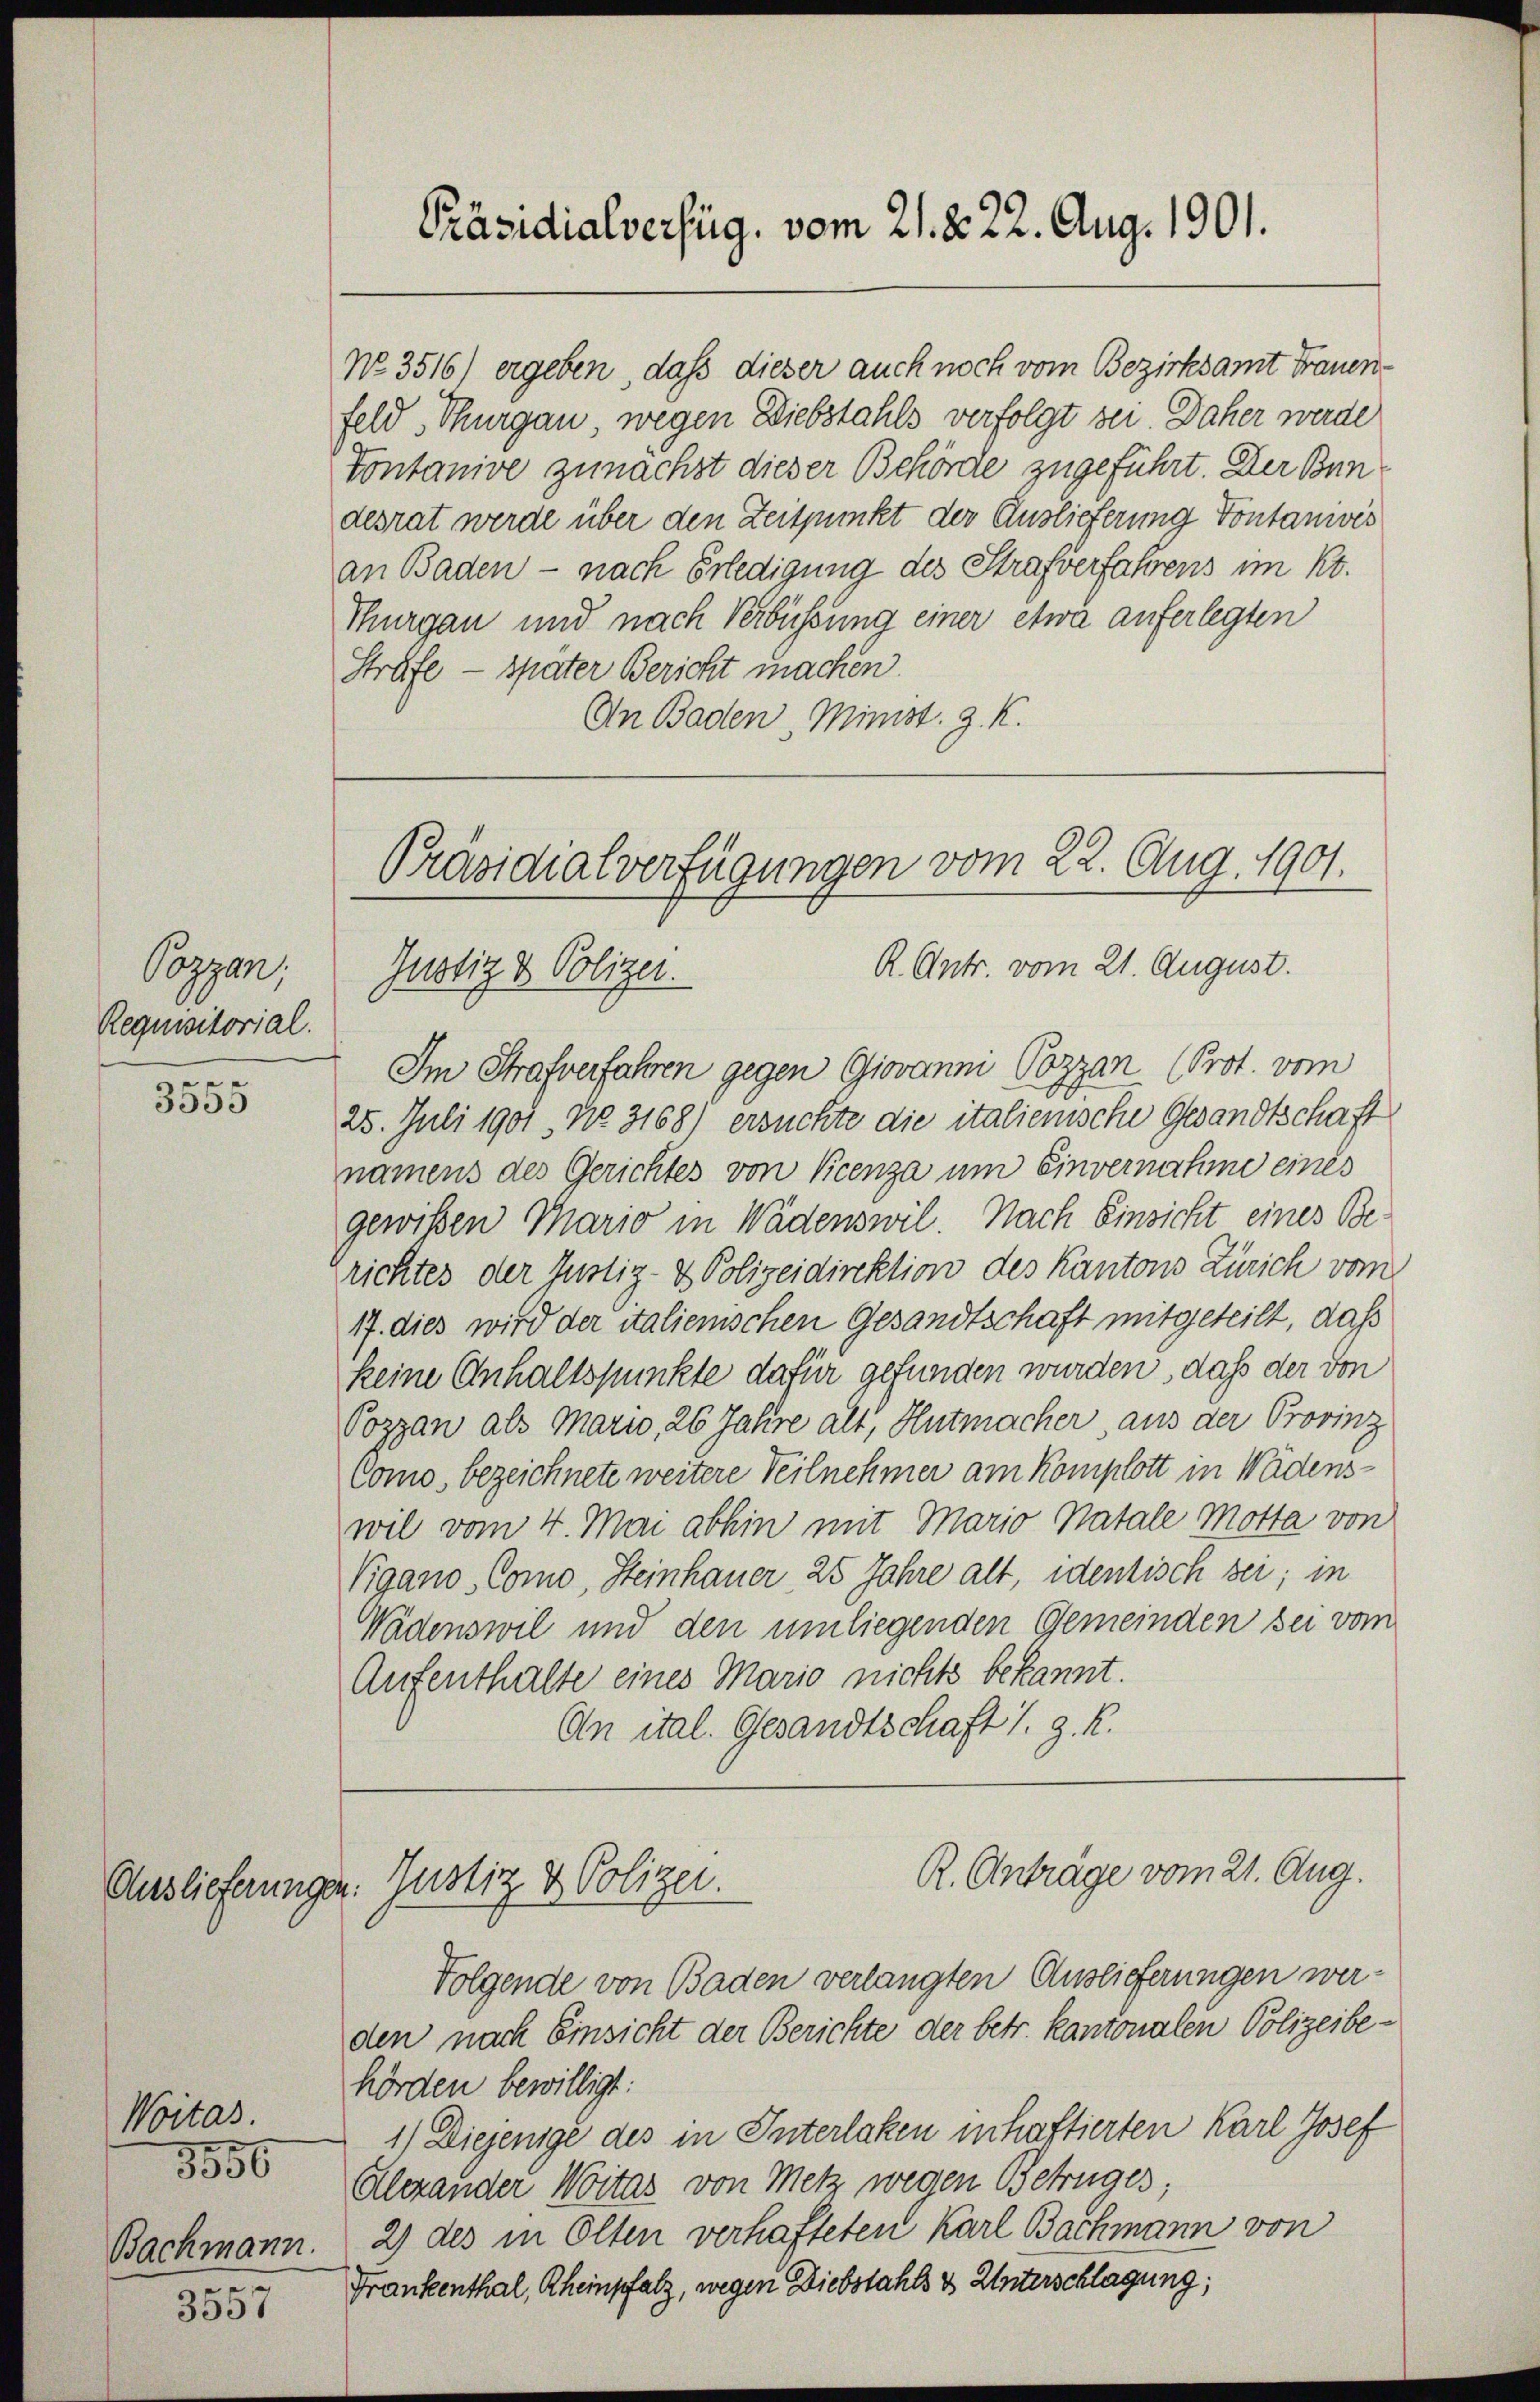
Poppen.
Requisitorial.
e

Auslieferung

3500

Woitas.
3556
Bachmann.
e

3357

No. 3516) ergeben, daß dieser auch noch vom Bezirksamt Frauen-
feld, Thurgau wegen Diebstahls verfolgt sei. Daher werde
Tontanive zunächst dieser Behörde zugeführt. Der Bundesrat werde über den Zeitpunkt der Auslieferung Vontanivés
an Baden - nach Erledigung des Strafverfahrens im Kt.
Thurgau und nach Verbüssung einer etwa auferlegten
Sträfe - später Bericht machen.
An Baden, Minist. Z. K.

Präsidialverfüg, vom 21. d. 22. Aug. 1901.

Präsidialverfügungen vom 22. Aug. 1901.
R. Antr. vom 21. August.
Justiz & Polizei.

R. Anträge vom 21. Aug.
z. Justiz & Polizei.

Im Strafverfahren gegen Giovanni Pozzan (Prot. vom
25. Juli 1901, No. 3168) ersuchte die italienische Gesandtschaft
namens des Gerichtes von Picenza um Einvernahme eines
gewißen Mario in Wädenswil. Nach Einsicht eines Berichtes der Justiz- & Polizeidirektion des Kantons Zürich vom
17. dies wird der italienischen Gesandtschaft mitgeteilt, daß
keine Anhaltspunkte dafür gefunden wurden, daß der von
Pozzan als Mario, 26 Jahre alt, Hutmacher, aus der Provinz
Como, bezeichnete weitere Teilnehmer am Komplott in Wädenswil vom 4. Mai abhin mit Mario Natale Motta von
Vigano Como, Steinhauer 25 Jahre alt, identisch sei; in
Wädenswil und den umliegenden Gemeinden sei vom
Aufenthalte eines Mario nichts bekannt.
An ital. Gesandtschaft s. z. R.

Folgende von Baden verlangten Auslieferungen werden nach Einsicht der Berichte der betr. kantonalen Polizeibehörden bewilligt:
1) Diejenige des in Interlaken inhaftierten Karl Josef
Alexander Witas von Metz wegen Betruges;
2) des in Olten verhafteten Karl Bachmann von
Frankenthal, Rheinpfalz, wegen Diebstahls & Unterschlagung;